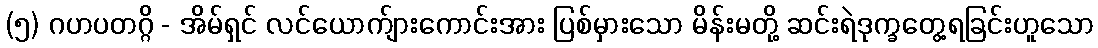
(၅) ဂဟပတဂ္ဂိ - အိမ်ရှင် လင်ယောက်ျားကောင်းအား ပြစ်မှားသော မိန်းမတို့ ဆင်းရဲဒုက္ခတွေ့ရခြင်းဟူသော